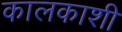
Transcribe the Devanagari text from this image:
कालकाशी